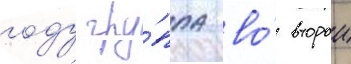
году гру́ппа во́ второи